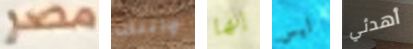
مصر واتتك إنها ليس أهدئي